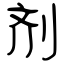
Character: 剂